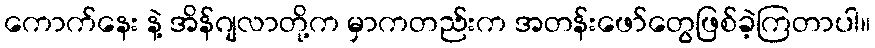
ကောက်နေး နဲ့ အိန်ဂျလာတို့က မှာကတည်းက အတန်းဖော်တွေဖြစ်ခဲ့ကြတာပါ။